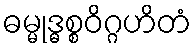
ဓမ္မုဒ္ဓစ္စဝိဂ္ဂဟိတံ